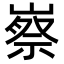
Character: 𡻰